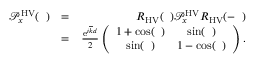
\begin{array} { r l r } { \mathcal { P } _ { x } ^ { \mathrm { H V } } ( { \it \Delta \phi } ) } & { = } & { R _ { \mathrm { H V } } ( { \it \Delta \Psi } ) \mathcal { P } _ { x } ^ { \mathrm { H V } } R _ { \mathrm { H V } } ( - { \it \Delta \Psi } ) } \\ & { = } & { \frac { \mathrm { e } ^ { i \overline { { k } } d } } { 2 } \left( \begin{array} { c c } { 1 + \cos ( { \it \Delta \phi } ) } & { \sin ( { \it \Delta \phi } ) } \\ { \sin ( { \it \Delta \phi } ) } & { 1 - \cos ( { \it \Delta \phi } ) } \end{array} \right) . } \end{array}